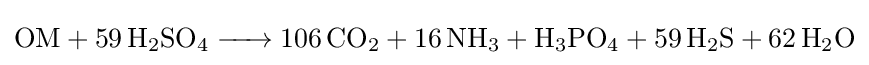
{\ce {OM + 59H2SO4 -> 106CO2 + 16NH3 + H3PO4 + 59H2S + 62H2O}}